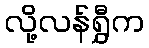
လို့လန်ရွှီက